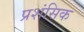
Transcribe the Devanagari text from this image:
प्रशंसिक